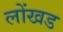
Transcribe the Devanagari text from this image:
लोंखड